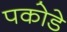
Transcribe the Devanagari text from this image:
पकोडे